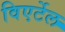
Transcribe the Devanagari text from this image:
विएर्टेल